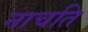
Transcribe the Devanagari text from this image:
नाचति